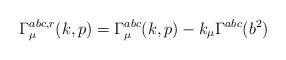
LaTeX: \begin{align*}\Gamma^{abc,r}_{\mu}(k,p)= \Gamma^{abc}_{\mu}(k,p)-k_{\mu} \Gamma^{abc}(b^2) \end{align*}